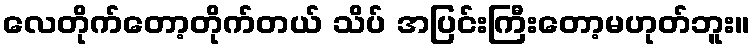
လေတိုက်တော့တိုက်တယ် သိပ် အပြင်းကြီးတော့မဟုတ်ဘူး။